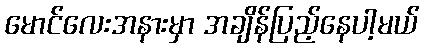
မောင်လေးအနားမှာ အချိန်ပြည့်နေပါ့မယ်